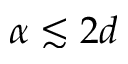
\alpha \lesssim 2 d